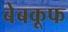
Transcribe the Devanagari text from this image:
बेबकूफ